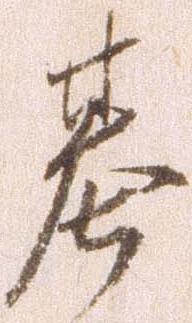
基